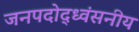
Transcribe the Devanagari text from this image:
जनपदोद्ध्वंसनीय